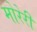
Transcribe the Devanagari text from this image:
मोरेरी